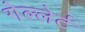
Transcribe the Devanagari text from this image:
गेल्लेर्ट